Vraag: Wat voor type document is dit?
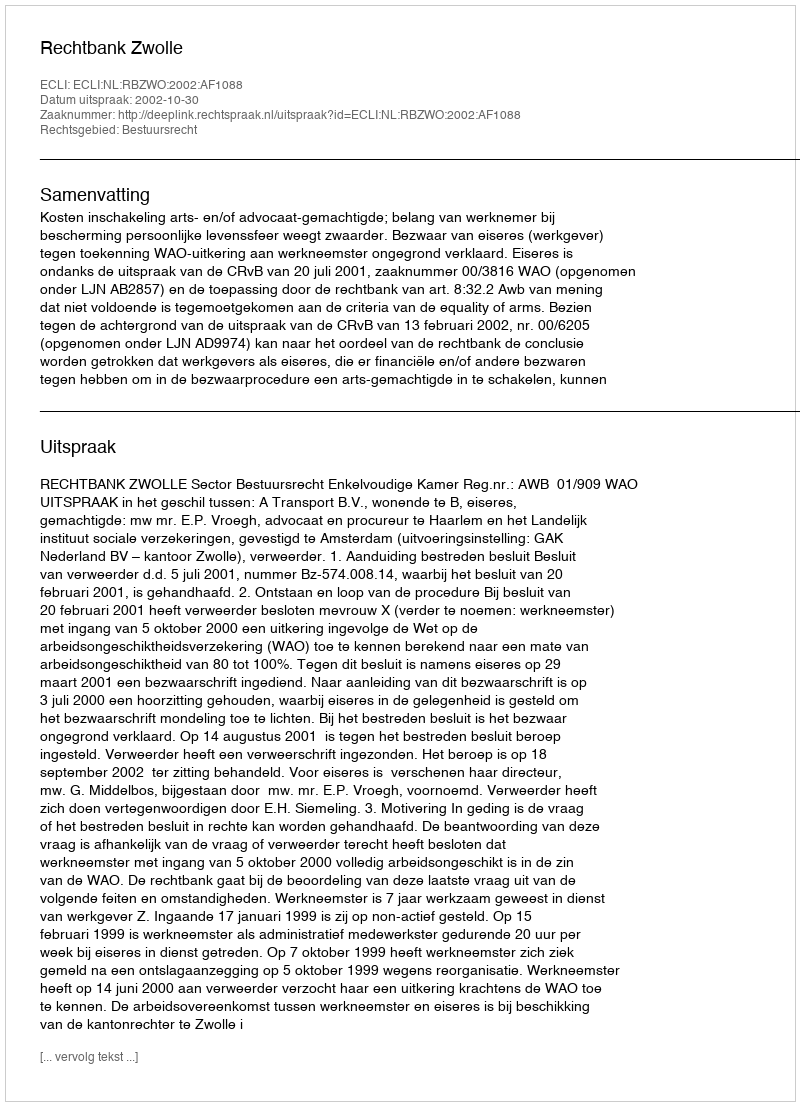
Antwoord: Uitspraak